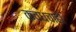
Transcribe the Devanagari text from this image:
कवधचाही